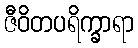
ဇီဝိတပရိက္ခာရာ